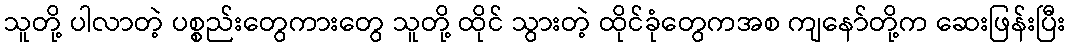
သူတို့ ပါလာတဲ့ ပစ္စည်းတွေကားတွေ သူတို့ ထိုင် သွားတဲ့ ထိုင်ခုံတွေကအစ ကျနော်တို့က ဆေးဖြန်းပြီး